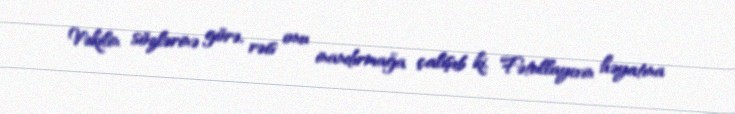
Vəkilin sözlərinə görə, rəis onu inandırmağa çalışıb ki, Fətullayevin həyatına